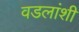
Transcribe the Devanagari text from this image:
वडलांशी